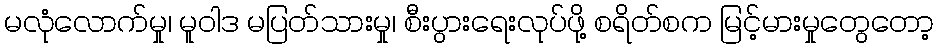
မလုံလောက်မှု၊ မူဝါဒ မပြတ်သားမှု၊ စီးပွားရေးလုပ်ဖို့ စရိတ်စက မြင့်မားမှုတွေတော့